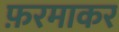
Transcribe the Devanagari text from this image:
फ़रमाकर